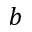
b